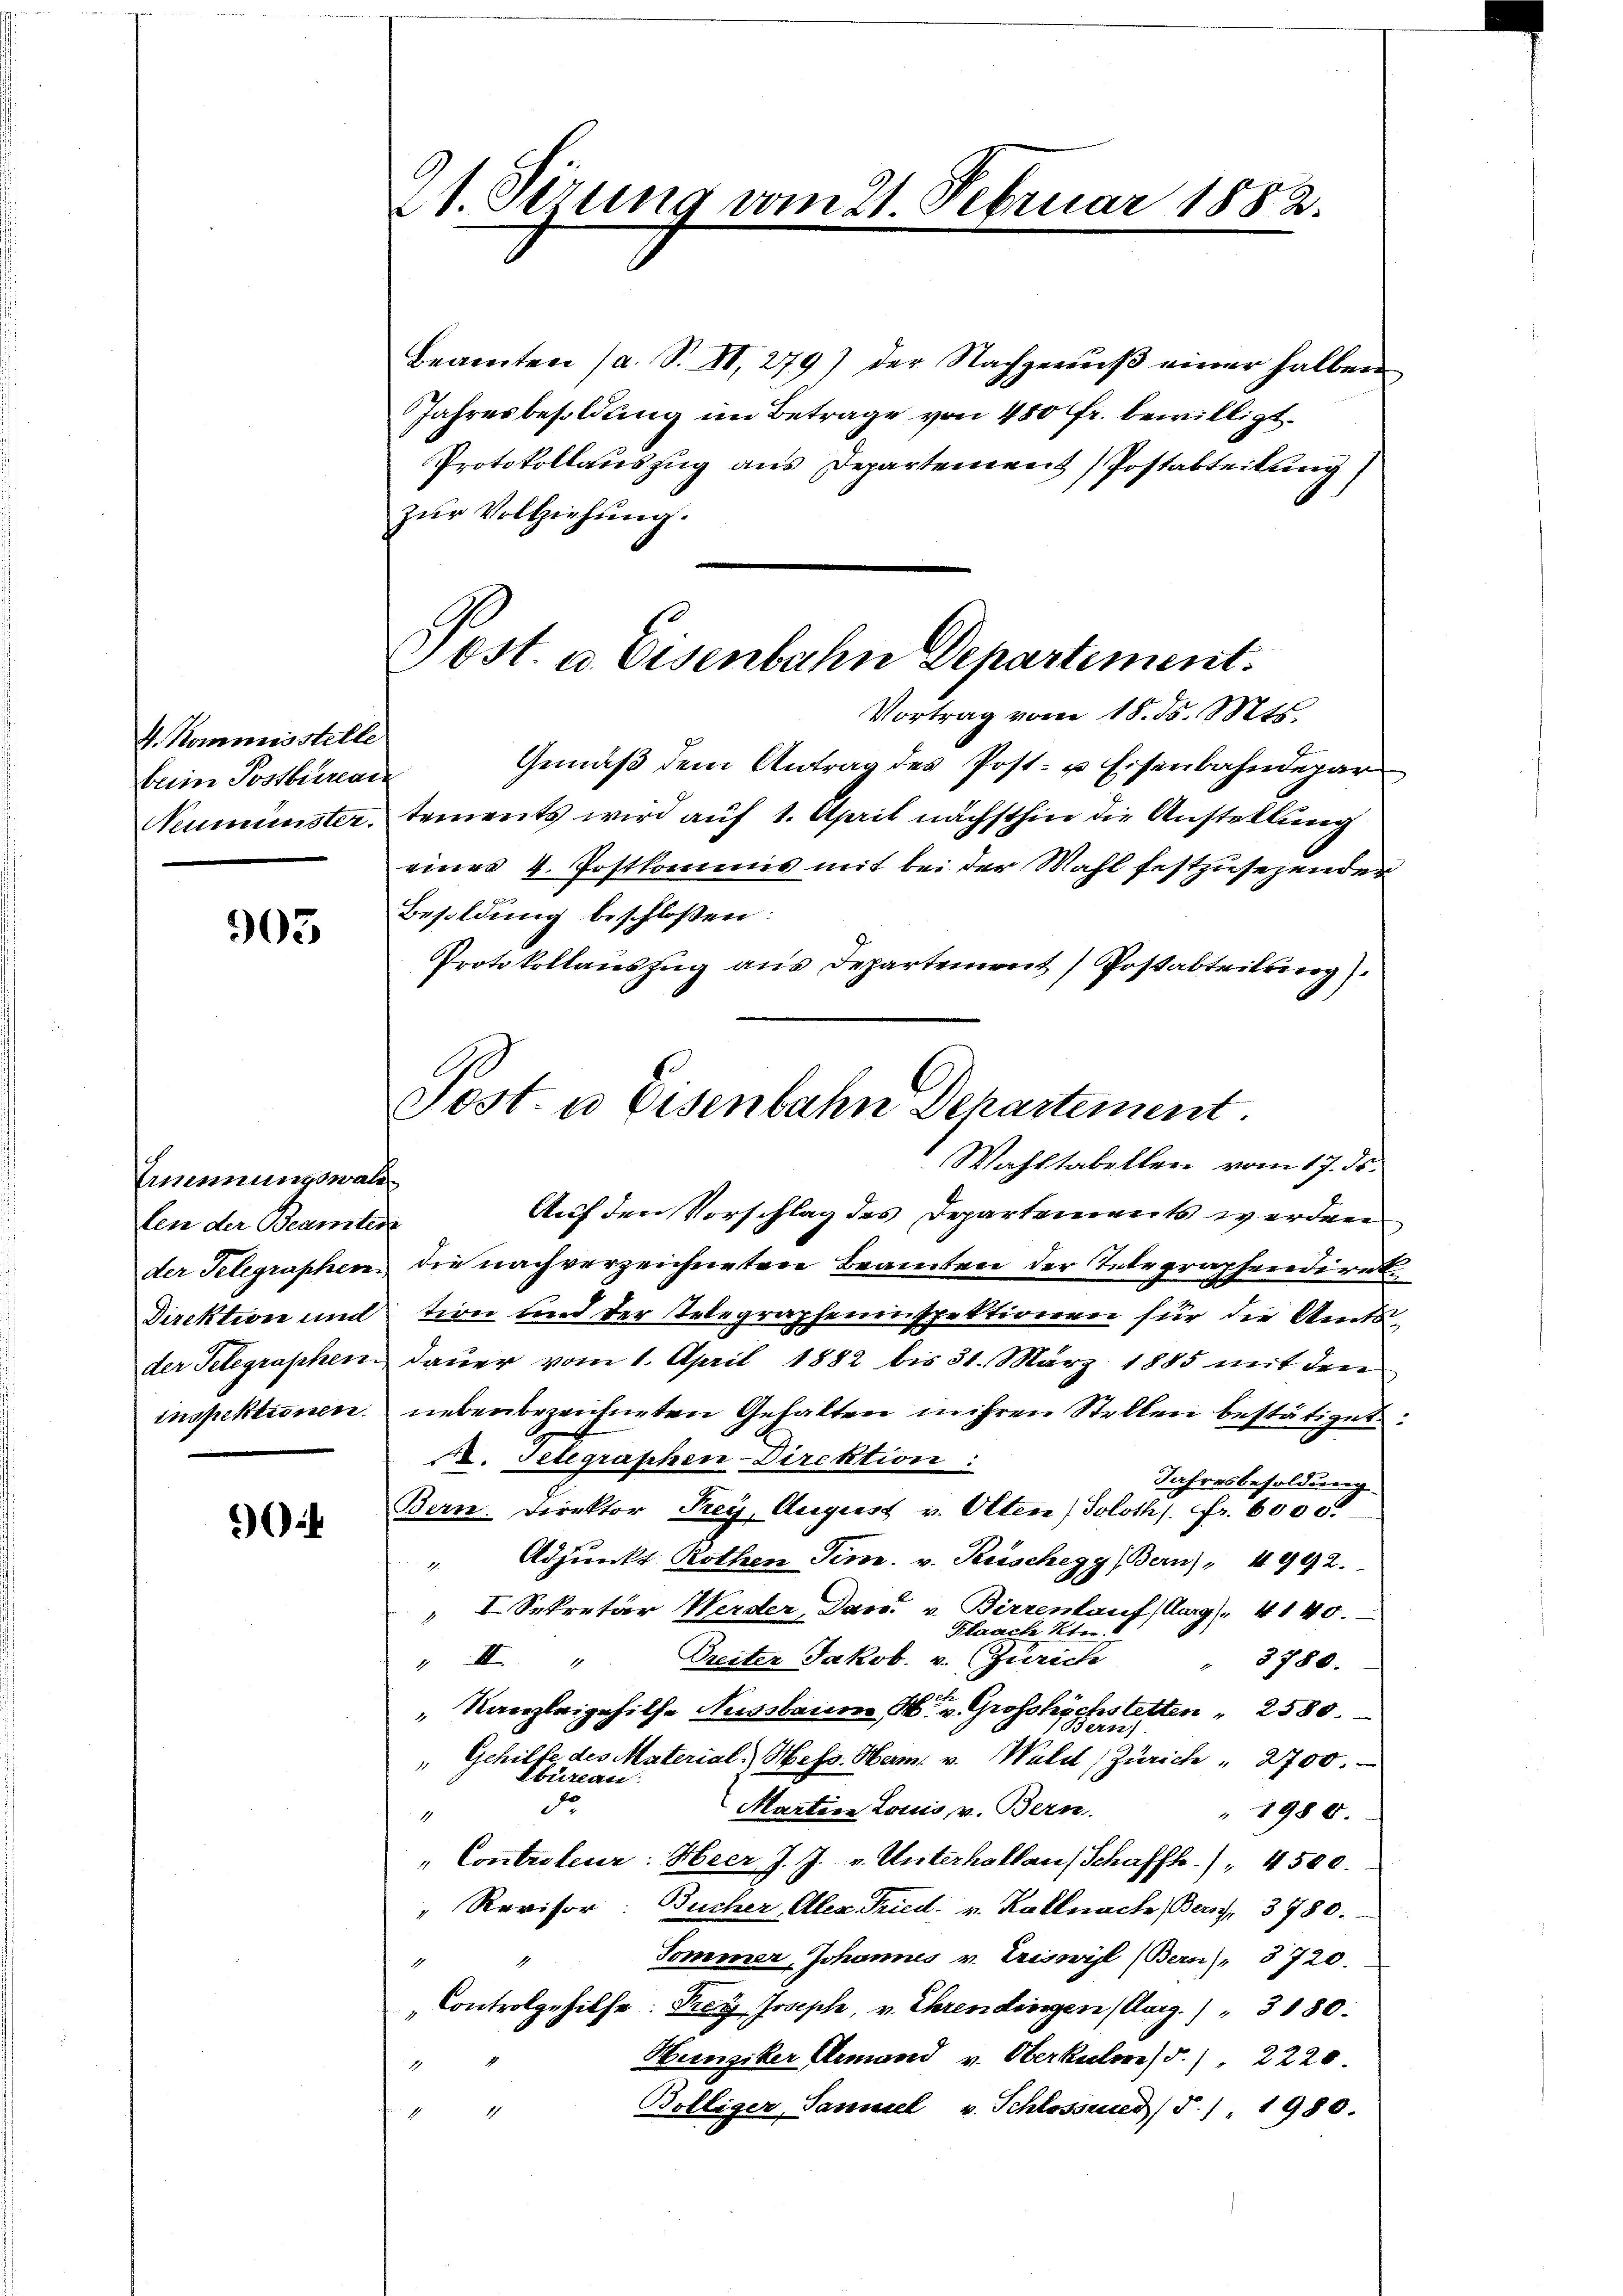
V. Kommisstelle
beim Postbureau
Neumünster.

903

Ernennungswald
len der Beamten
der Telegraphen.
Direktion und

.

1. Sezung vom 21. Februar 1882.

Sost. a. Eisenbahn Departement.
Vortrag vom 18. ds. Mts.

Beamten (a. S. II. 279) der Nachgenŭβ einer halben
Jahresbesoldung im Betrage von 480 fr. bewilligt.
Protokollauszug aus Departement Postabteilung
zur Vollziehung.
Gemäß dem Antrag des Post- u. Eisenbahndepar
tements wird auf 1. April nächsthin die Anstellung
eines 4. Postkommis mit bei der Mahl festzusehender
Besoldung beschlossen:
Protokollauszug aus Departement Postabteilung
Auf den Vorschlag des Departenweits werden
die nachverzeichneten Beamten der Telegraphendirek
tion und der Telegrapheninspektionen für die Amtsder Telegraphen dauer vom 1. April 1882 bis 31. März 1885 mit den
inspektionen. nebenbezeichneten Gehalten in ihren Stellen bestätiget:
. Telegraphen-Direktion:
Jahresbesoldung
Bern Direktor Frey, August v. Olten (Soloth. Fr. 6000
" Adjunkt Rothen Tem. v. Kuschegg (Bern), 4992.
" I. Sekretär Werder, Das v. Birrenlauf Aug / 4140.
Klaach Ktn.
" III. " Breiter Jakob. v. Zürich
3780.
1
" Kanzleigehilfe Aussbaum, M. v. Grosshöchstetten " 2580.
" Gehilfe des Material Hess. Herm. v. Wald (Zürich " 2700.
Ebureau.
do
Martin Louis, v. Bern.
1980.
1
"Controleur: Heer J. J. v. Unterhallaus Schaffh.) " 4500.
" Revisor: Bucher, Alex Fried. v. Kallnach Bern, 3780.
Tommer, Johannes v. Triswill (Bern) " 3720.
1
"Controlgehilfe: Frey, Joseph, v. Ehrendingen (Aarg.) " 3180.
Hunziker Armand v. Oberkulm/d.), 2220.
1
Bölliger, Samuel v. Schlossend (§. 1. 1980.
1
1

Sost. u Eisenbahn Departement.
Wahltabellen vom 17. ds.